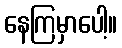
နေကြမှာပေါ့။